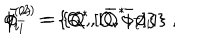
\phi _ { i } ^ { ( 2 ) } = \{ Q ^ { * } , [ { \bar { Q } } ^ { * } , \phi _ { i } ] \} \; , \hspace { 1 c m } { \bar { \phi } } _ { \bar { i } } ^ { ( 2 ) } = \{ Q , [ { \bar { Q } } , { \bar { \phi } } _ { \bar { i } } ] \}